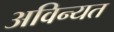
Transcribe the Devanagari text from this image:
अविन्यत